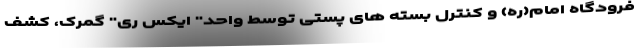
فرودگاه امام(ره) و کنترل بسته های پستی توسط واحد" ایکس ری" گمرک، کشف